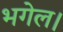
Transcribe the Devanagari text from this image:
भगेल।